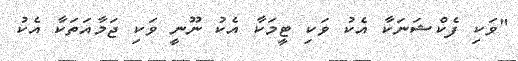
"ވަކި ފެކްޝަނަކާ އެކު ވަކި ޓީމަކާ އެކު ނޫނީ ވަކި ޖަމާއަތަކާ އެކު